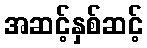
အဆင့်နှစ်ဆင့်